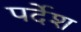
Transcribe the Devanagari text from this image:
पर्देश